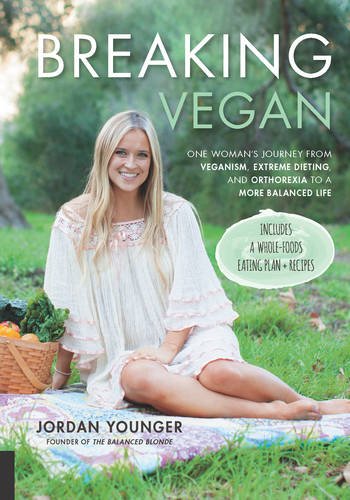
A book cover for Breaking Vegan: One Woman's Journey from Veganism, Extreme Dieting, and Orthorexia to a More Balanced Life; Jordan Younger; Cookbooks, Food & Wine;